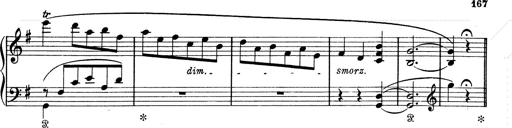
Title: 6 Polish Songs
Composer: Franz Liszt